Lunatic asylums in Bengal annual reports 1899-1911 - 1899-1911
Year: 1899
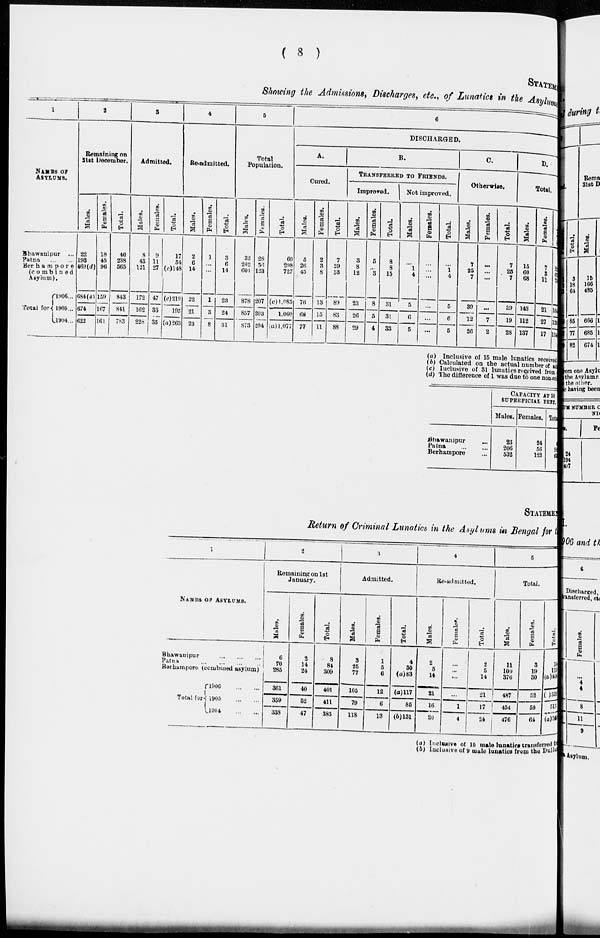
( 8 )
STATEMENT
Showing the Admissions, Discharges, etc., of Lunatics in the Asylums
1
NAMES OF
ASYLUMS.
Bhawanipur
...
Patna
...
...
Berhampore
(combined
Asylum).
Total for
1906 ...
1905 ...
1904 ...
2
Remaining on
31st December.
Males.
22
193
469(d)
684(a)
674
622
Females.
18
45
96
159
167
161
Total.
40
238
565
843
841
783
3
Admitted.
Males.
8
43
121
172
162
228
Females.
9
11
27
47
33
35
Total.
17
54
(c)148
(c)219
195
(a)263
4
Re-admitted.
Males.
2
6
14
22
21
23
Females.
1
...
...
1
3
8
Total.
3
6
14
23
24
31
5
Total
Population.
Males.
32
242 601
878
857
873
Females.
28
56
123
207
203
204
Total.
60
298
727
(c) 1,085
1,060
(a) 1,077
6
DISCHARGED.
A.
Cured.
Males.
5
26
45
76
68
77
Females.
2
3
8
13
15
11
Total.
7
29
53
89
83
88
B.
TRANSFERRED TO FRIENDS.
Improved.
Males.
3
8
12
23
26
29
Females.
5
... 3
8
5
4
Total.
8
8
15
31
31
33
Not improved.
Males.
...
1
4
5
6
5
Females.
...
...
...
...
...
...
Total.
...
1 4
5
6
5
C.
Otherwise.
Males.
7
25
7
39
12
26
Females.
...
...
...
...
7
2
Total.
7
25
7
39
19
28
D.
Total.
Males.
15
60
68
143
112
137
Females.
7
3
11
21
27
17
Total.
22
63
79
164
139
154
(a) Inclusive of 15 male lunatics received
(b) Calculated on the actual number of ad
(c) Inclusive of 31 lunatics received from
(d) The difference of 1 was due to one non-cri
Bhawampur ...
Patna ... ...
Berhampore ...
CAPACITY AT 50
SUPERFICIAL FEET.
Males.
23
206
652
Females.
24
56
122
Tota
47
262
654
STATEMENT
Return of Criminal Lunatics in the Asylums in Bengal for
1
NAMES OF ASYLUMS.
Bhawanipur
...
...
...
Patna
...
...
...
...
Berhampore
(combined asylum)
Total for
1906
...
...
1905
...
...
1904
...
...
2
Remaining on 1st
January.
Males.
6
70
285
361
359
338
Females.
2
14
24
40
52
47
Total.
8
84
309
401
411
385
3
Admitted.
Males.
3
25
77
105
79
118
Females.
1
5
6
12
6
13
Total.
4
30
(a)83
(a)117
85
(b)131
4
Re-admitted.
Males.
2
5
14
21
16
20
Female.
...
...
...
...
1
4
Total.
2
5
14
21
17
24
5
Total.
Males.
11
100
376
487
454
476
Females.
3
19
30
52
59
64
Total.
14
119
(a)406
( )539
513
(a)540
(a) Inclusive of 15 male lunatics transferred fr
(b) Inclusive of 9 male lunatics from the Dullunda